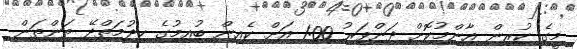
މީގެ ކުރިން އާންމުކޮށް ދަންވަރު 1:00 އަށް ކެއިން ބުއިމުގެ ހިދުމަތްދޭ ތަންތަން